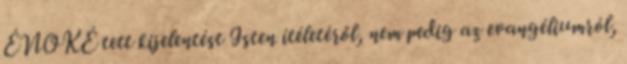
ÉNOKÉ tett kijelentést Isten ítéletéről, nem pedig az evangéliumról,